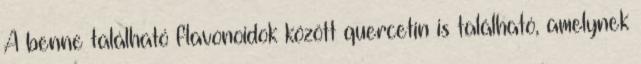
A benne található flavonoidok között quercetin is található, amelynek